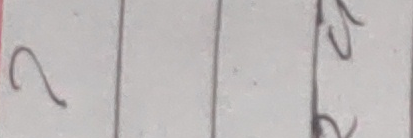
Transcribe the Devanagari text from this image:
य